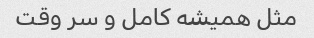
مثل همیشه کامل و سر وقت